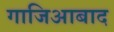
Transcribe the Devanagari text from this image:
गाजिआबाद